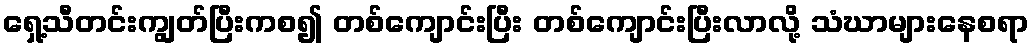
ရှေ့သီတင်းကျွတ်ပြီးကစ၍ တစ်ကျောင်းပြီး တစ်ကျောင်းပြီးလာလို့ သံဃာများနေစရာ